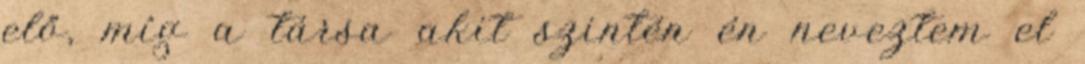
elő, míg a társa akit szintén én neveztem el